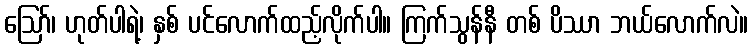
ဪ၊ ဟုတ်ပါရဲ့၊ နှစ် ပင်လောက်ထည့်လိုက်ပါ။ ကြက်သွန်နီ တစ် ပိဿာ ဘယ်လောက်လဲ။